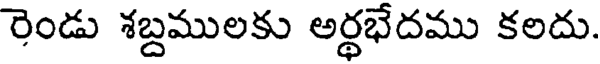
రెండు శబ్దములకు అర్థభేదము కలదు.